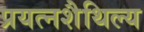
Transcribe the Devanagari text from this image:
प्रयत्नशैथिल्य